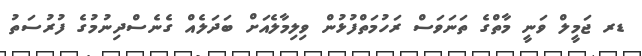
ޑރ ޖަމީލް ވަނީ މާތްގެ ތަނަވަސް ރަހުމަތްފުޅުން ވިލިމާލެއަށް ބަދަލެއް ގެނެސްދިނުމުގެ ފުރުސަތު